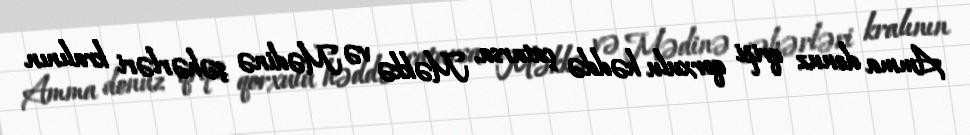
Amma donuz qripi qorxulu həddə çatarsa, Məkkə və Mədinə şəhərləri kralının